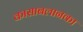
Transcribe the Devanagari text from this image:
कासाबलानका